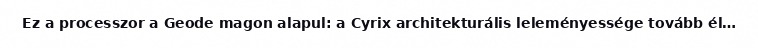
Ez a processzor a Geode magon alapul: a Cyrix architekturális leleményessége tovább él…